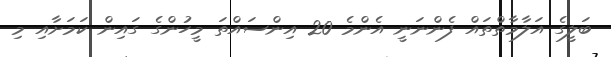
ބަލީގެ އަލާމާތްތައް ފެންނަނީ އެންމެ 20 އިންސައްތަ މީހުންގެ ގައިން ކަމަށާއި މި